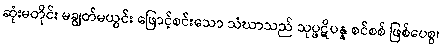
ဆုံးမတိုင်း မချွတ်မယွင်း ဖြောင့်စင်းသော သံဃာသည် သုပ္ဖဋိပန္န စင်စစ် ဖြစ်ပေစွ၊